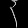
Digit: ၃